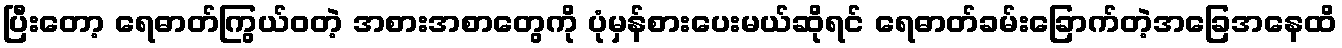
ပြီးတော့ ရေဓာတ်ကြွယ်ဝတဲ့ အစားအစာတွေကို ပုံမှန်စားပေးမယ်ဆိုရင် ရေဓာတ်ခမ်းခြောက်တဲ့အခြေအနေထိ